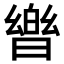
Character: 𭧡